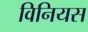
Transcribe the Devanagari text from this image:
विनियस